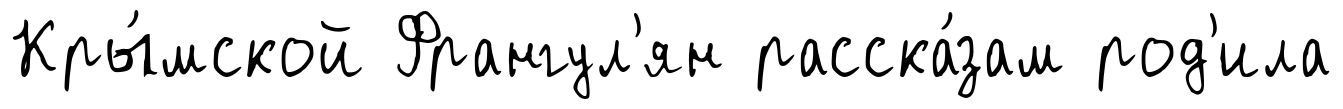
Кры́мской Франгул'ян расска́зам род'ила